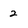
Character: 2